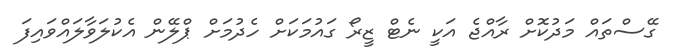
ގޭސްތައް މަދުކޮށް ރާއްޖެ އަކީ ނެޓް ޒީރޯ ގައުމަކަށް ހެދުމަށް ޕްލޭން އެކުލަވާލައްވައިފަ